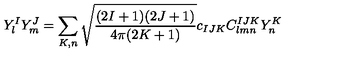
Y _ { l } ^ { I } Y _ { m } ^ { J } = \sum _ { K , n } \sqrt { \frac { ( 2 I + 1 ) ( 2 J + 1 ) } { 4 \pi ( 2 K + 1 ) } } c _ { I J K } C _ { l m n } ^ { I J K } Y _ { n } ^ { K }